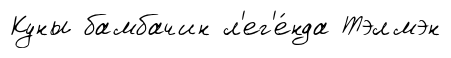
Куны бамбачин л'ег'е́нда Тэлмэн